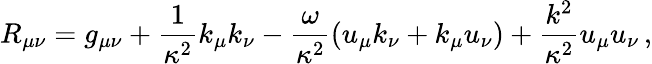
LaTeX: R_{\mu\nu}=g_{\mu\nu}+\frac{1}{\kappa^{2}}k_{\mu}k_{\nu}-\frac{\omega}{\kappa^{2}}(u_{\mu}k_{\nu}+k_{\mu}u_{\nu})+\frac{k^{2}}{\kappa^{2}}u_{\mu}u_{\nu}\, ,